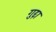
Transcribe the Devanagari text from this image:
गुद्दा